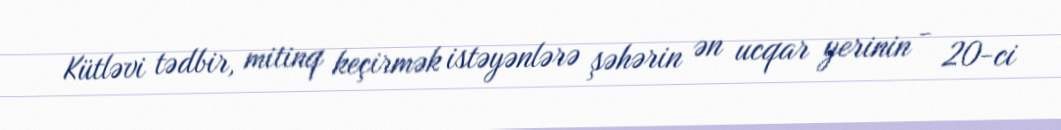
Kütləvi tədbir, mitinq keçirmək istəyənlərə şəhərin ən ucqar yerinin - 20-ci